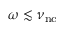
\omega \lesssim \nu _ { \mathrm { n c } }